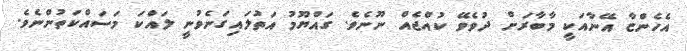
އެހެންޏާ އޭނާއަކީ މާބާރަށް ދުވެވޭ ކުއްޖެއް ނޫނެވެ. ގައްޔޫމު އަތުލައިގަނެވުނީ ލައްކަ މަސައްކަތުންނެވެ.